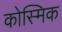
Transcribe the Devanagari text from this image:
कोस्मिक